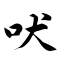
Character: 吠